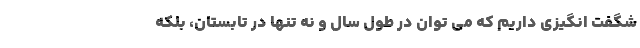
شگفت انگیزی داریم که می توان در طول سال و نه تنها در تابستان، بلکه